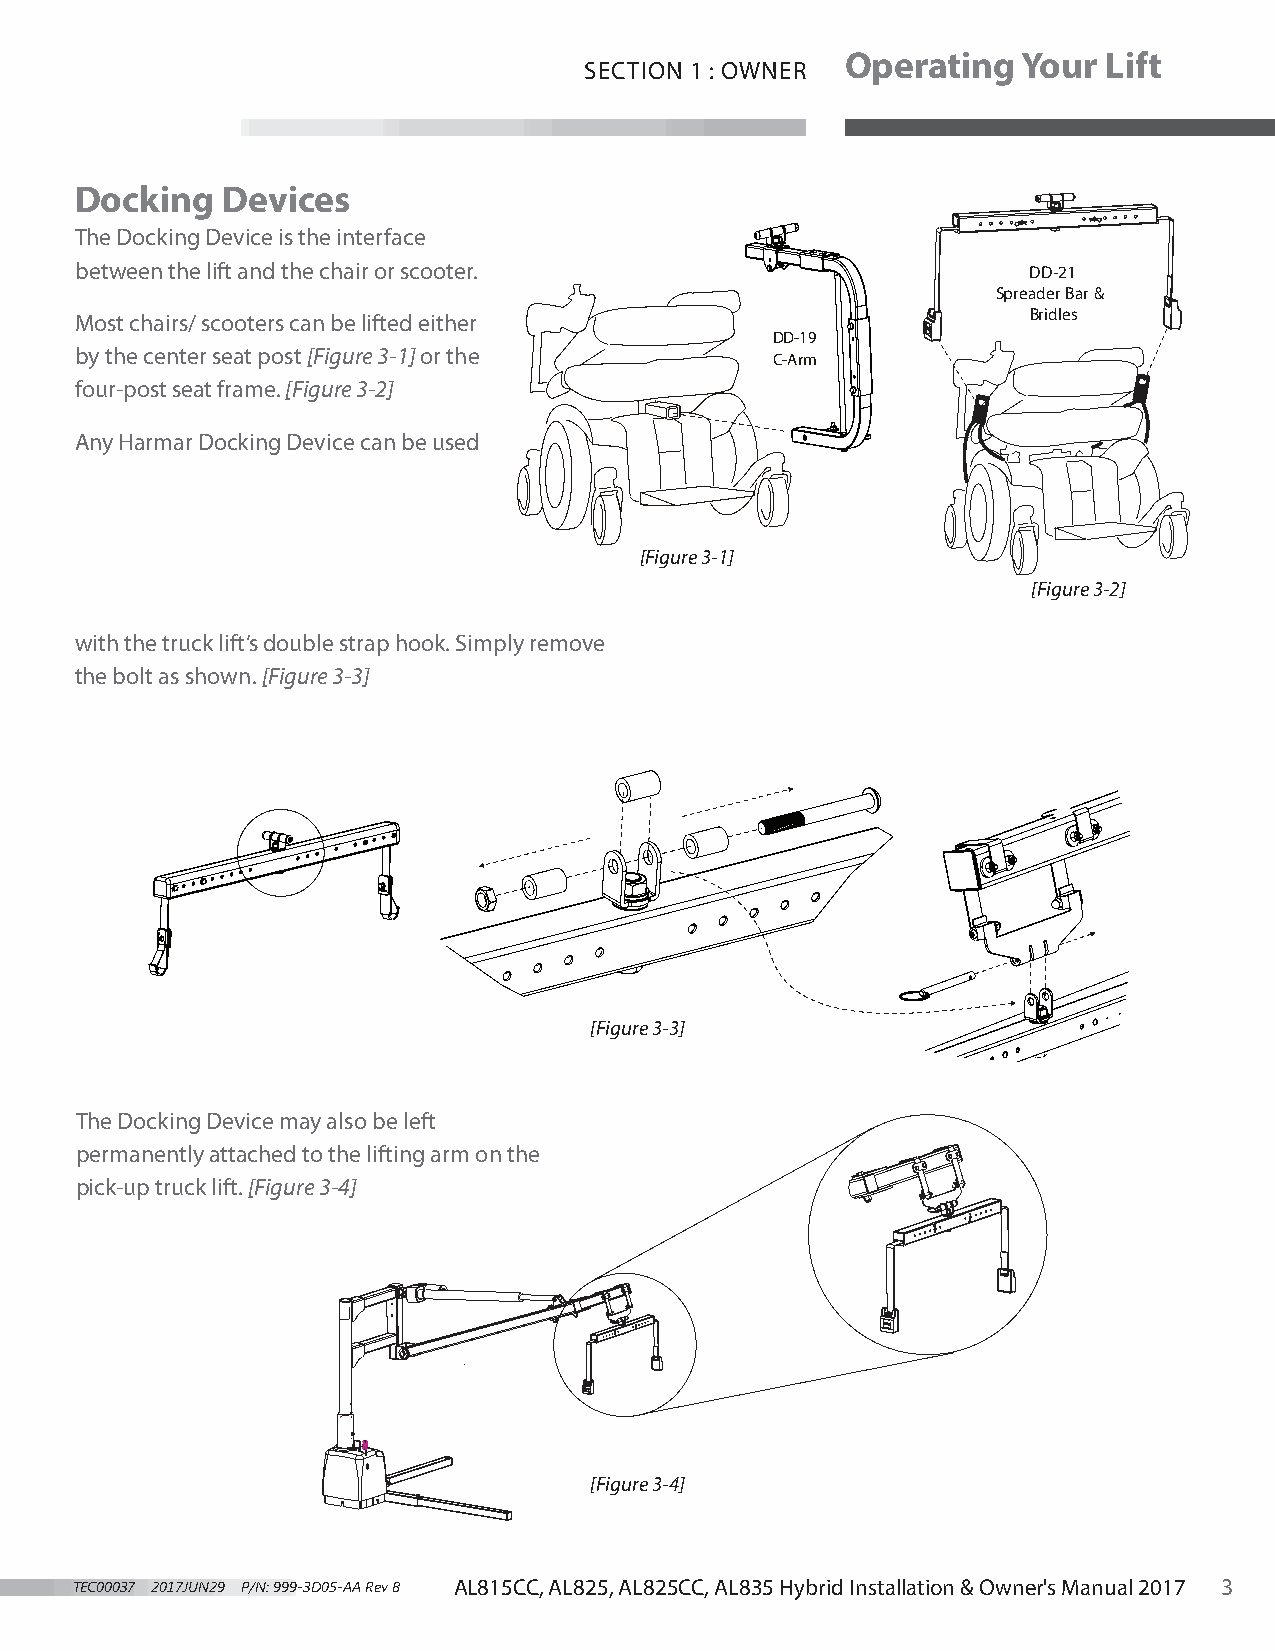
Operating   Your Lift
 SECTION 1 : OWNER
 Docking   Devices
 The Docking Device is the interface
 between the lift and the chair or scooter.                     DD-21
 SpreaderBar&
 Most chairs/ scooters can be lifted either                     Bridles
 DD-19
 by the center seat post [Figure 3-1] or the
 C-Arm
 four-post seat frame. [Figure 3-2]
 Any Harmar Docking Device can be used
 [Figure 3-1]
 [Figure 3-2]
 with the truck lift’s double strap hook. Simply remove
 the bolt as shown. [Figure 3-3]
 [Figure 3-3]
 The Docking Device may also be left
 permanently attached to the lifting arm on the
 pick-up truck lift. [Figure 3-4]
 [Figure 3-4]
 TEC00037 2017JUN29 P/N: 999-3D05-AA Rev B AL815CC, AL825, AL825CC, AL835 Hybrid Installation & Owner's Manual 2017 3